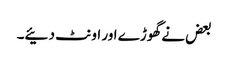
بعض نے گھوڑے اور اونٹ دئیے۔